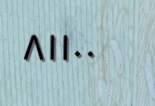
٨١١٠٠